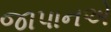
જાપાનએ